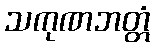
သကုဏဘတ္တံ